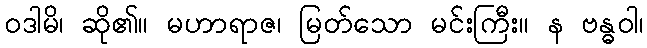
ဝဒါမိ၊ ဆို၏။ မဟာရာဇ၊ မြတ်သော မင်းကြီး။ န ဗန္ဓဝါ၊